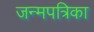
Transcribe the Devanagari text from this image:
जन्मपत्रिका